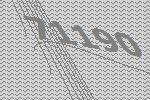
71190